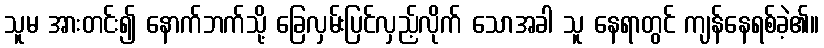
သူမ အားတင်း၍ နောက်ဘက်သို့ ခြေလှမ်းပြင်လှည့်လိုက် သောအခါ သူ နေရာတွင် ကျန်နေရစ်ခဲ့၏။